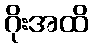
ဂိုးအထိ